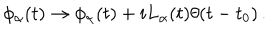
\phi _ { \alpha } ( t ) \to \phi _ { \alpha } ( t ) + i L _ { \alpha } ( t ) \theta ( t - t _ { 0 } ) \, .